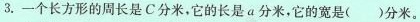
3.一个长方形的周长是C分米，它的长是α分米，它的宽是（）分米。